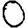
Digit: 0